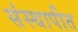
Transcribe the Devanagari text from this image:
संस्थापीत